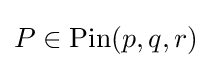
P\in {\text{Pin}}(p,q,r)